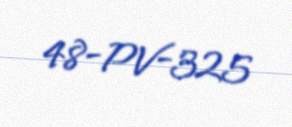
48-PV-325